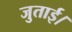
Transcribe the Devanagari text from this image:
जुताई।